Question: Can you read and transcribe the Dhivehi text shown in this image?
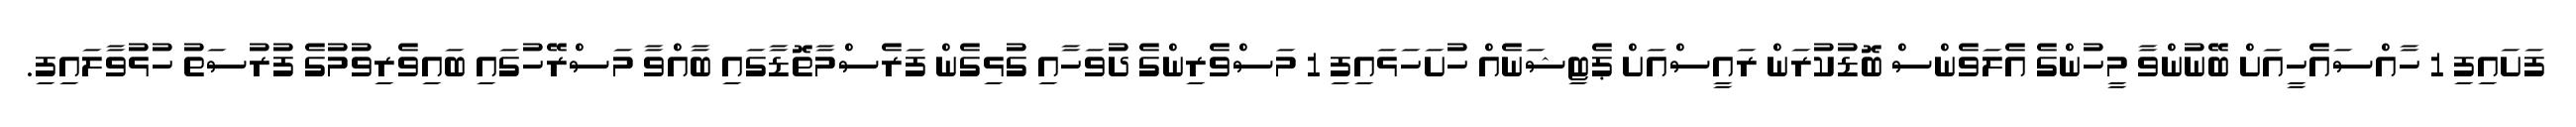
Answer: ފަށައިފި 1 ހާއްސައެހީއަށް ބޭނުންވާ މީހުންގެ އެލަވެންސް ބޮޑުކުރަން ރައީސްއަށް ޕެޓިޝަނެއް ހުށަހަޅައިފި 1 މަސްވެރިންގެ ދުވަހާއި ގުޅިގެން ފަރެސްމާތޮޑާގައި ބާއްވާ މަސްރޭހުގައި ބައިވެރިވުމުގެ ފުރުސަތު ހުޅުވާލައިފި.